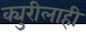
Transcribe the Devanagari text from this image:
क्युरीलाही